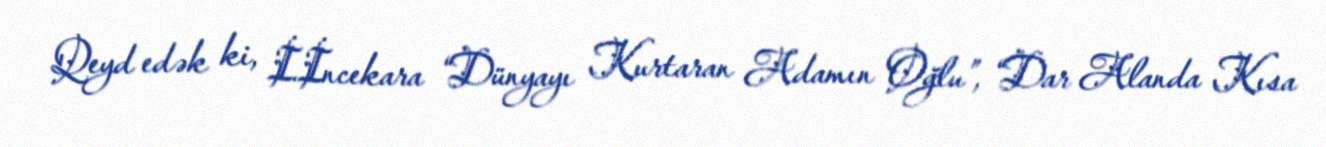
Qeyd edək ki, İ.İncekara “Dünyayı Kurtaran Adamın Oğlu”, “Dar Alanda Kısa